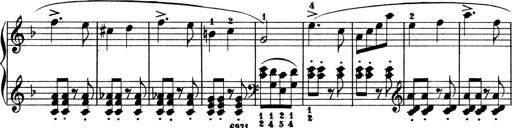
Title: 2 instructive Sonatinen
Composer: Paul Schumacher